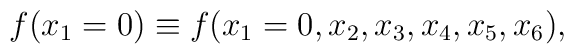
f(x_1=0) \equiv f(x_1=0,x_2,x_3,x_4,x_5,x_6),